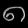
Digit: ၈